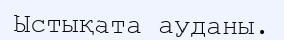
Ыстықата ауданы.